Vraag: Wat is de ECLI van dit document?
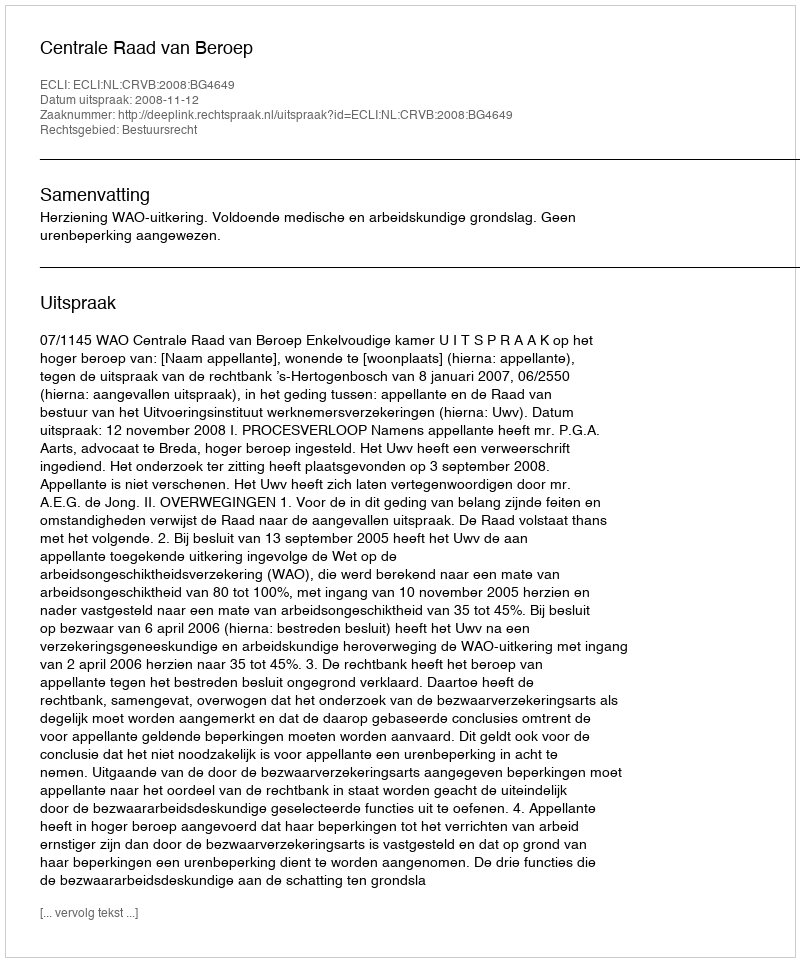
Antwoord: ECLI:NL:CRVB:2008:BG4649